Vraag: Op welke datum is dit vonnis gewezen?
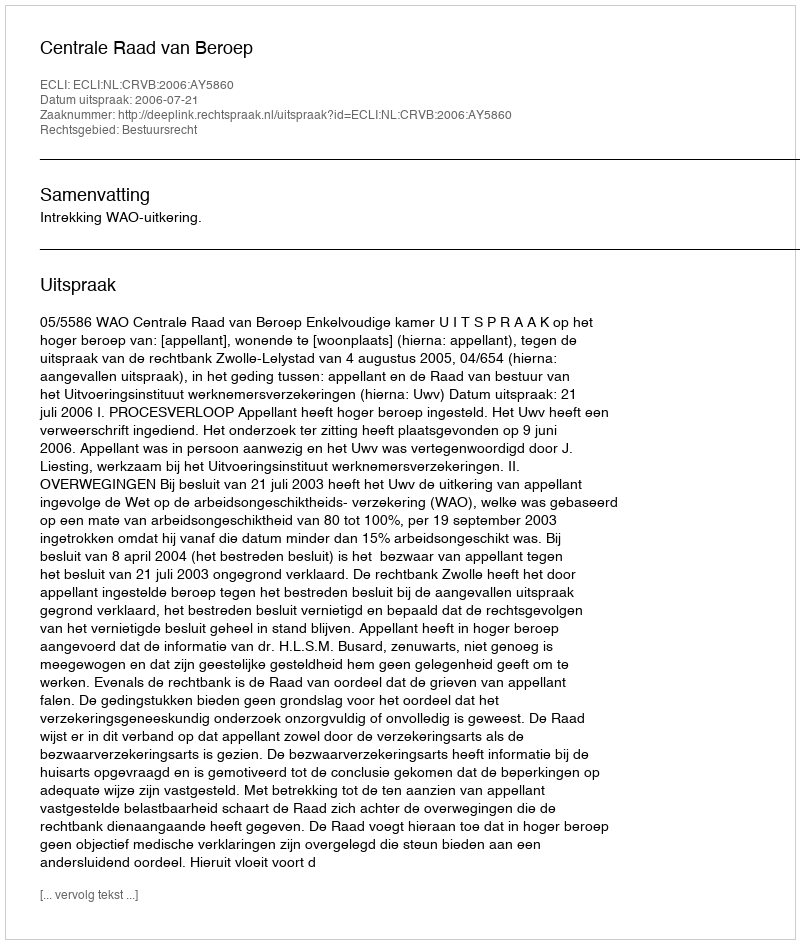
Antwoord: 2006-07-21